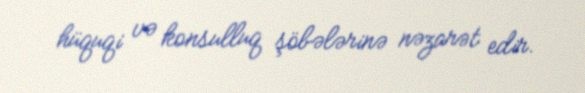
hüquqi və konsulluq şöbələrinə nəzarət edir.